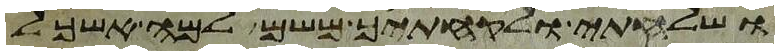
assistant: ושלחתי ולקחתיך משם למה אשכל